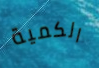
الكمية